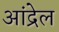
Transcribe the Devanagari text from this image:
आंद्रेल